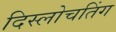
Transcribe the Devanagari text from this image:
दिस्लोचतिंग